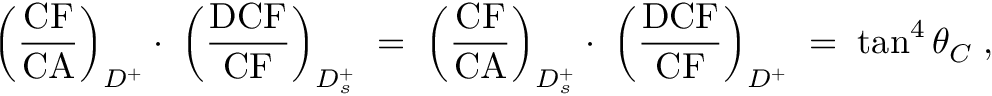
\left( \frac { \mathrm { C F } } { \mathrm { C A } } \right) _ { D ^ { + } } \cdot \; \left( \frac { \mathrm { D C F } } { \mathrm { C F } } \right) _ { D _ { s } ^ { + } } \; = \; \left( \frac { \mathrm { C F } } { \mathrm { C A } } \right) _ { D _ { s } ^ { + } } \cdot \; \left( \frac { \mathrm { D C F } } { \mathrm { C F } } \right) _ { D ^ { + } } \; = \; \tan ^ { 4 } \theta _ { C } \; ,